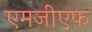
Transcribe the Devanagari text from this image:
एमजीएफ